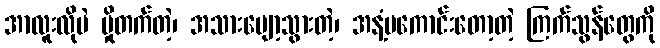
အာလူးလိုပဲ မှိုတက်တဲ့၊ အသားပျော့သွားတဲ့၊ အနံ့မကောင်းတော့တဲ့ ကြက်သွန်တွေကို